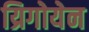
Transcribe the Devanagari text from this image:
य्रिगोयेन